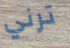
ترني